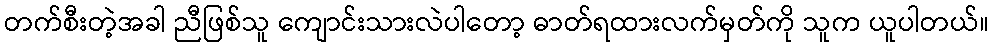
တက်စီးတဲ့အခါ ညီဖြစ်သူ ကျောင်းသားလဲပါတော့ ဓာတ်ရထားလက်မှတ်ကို သူက ယူပါတယ်။